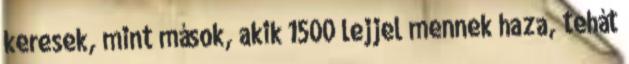
keresek, mint mások, akik 1500 lejjel mennek haza, tehát